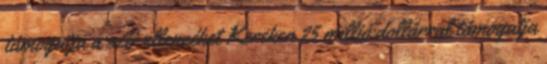
támogatja a szír ellenzéket Kereken 25 millió dollárral támogatja